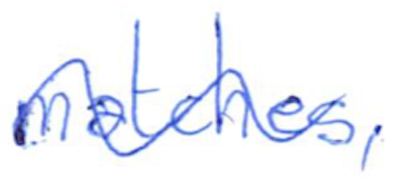
Text: matches,
Cross-out: wave
Writing tool: ballpoint